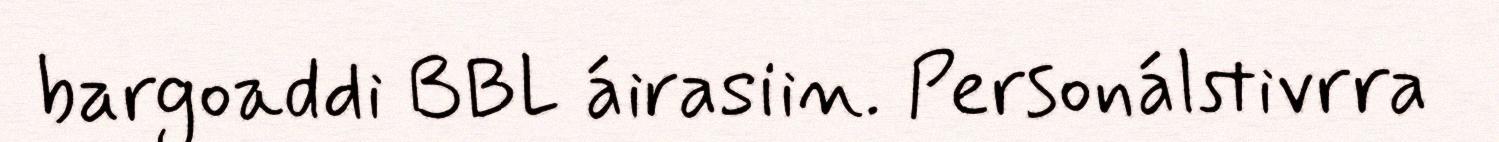
bargoaddi BBL áirasiin. Personálstivrra